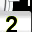
Digit: 2